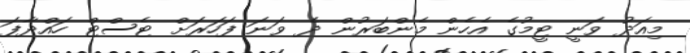
މިއަދު ވަނީ ޓީމުގެ އެހެން މެންބަރުން ދެ ވަނަ ފަހަރަށް ޓެސްޓް ހައްދާފަ